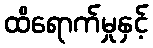
ထိရောက်မှုနှင့်